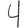
Digit: 4